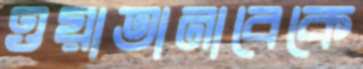
ওয়াতানাবেকে